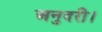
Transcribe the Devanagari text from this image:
अनुदरी।